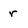
Character: r